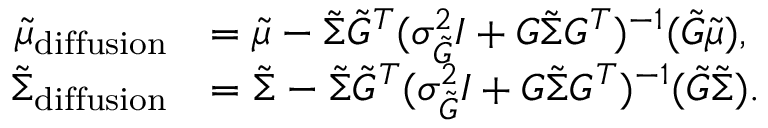
\begin{array} { r l } { \tilde { \mu } _ { \mathrm { d i f f u s i o n } } } & { = \tilde { \mu } - \tilde { \Sigma } \tilde { G } ^ { T } ( \sigma _ { \tilde { G } } ^ { 2 } I + G \tilde { \Sigma } G ^ { T } ) ^ { - 1 } ( \tilde { G } \tilde { \mu } ) , } \\ { \tilde { \Sigma } _ { \mathrm { d i f f u s i o n } } } & { = \tilde { \Sigma } - \tilde { \Sigma } \tilde { G } ^ { T } ( \sigma _ { \tilde { G } } ^ { 2 } I + G \tilde { \Sigma } G ^ { T } ) ^ { - 1 } ( \tilde { G } \tilde { \Sigma } ) . } \end{array}